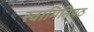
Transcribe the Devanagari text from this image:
स्वामिनिषठ